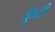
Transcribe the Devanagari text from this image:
फ्रुटी